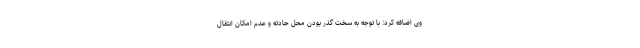
وی اضافه کرد: با توجه به سخت گذر بودن محل حادثه و عدم امکان انتقال